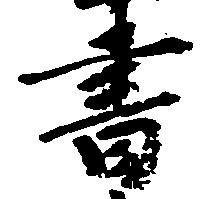
書